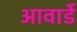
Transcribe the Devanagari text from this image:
आवार्डे